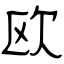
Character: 欧